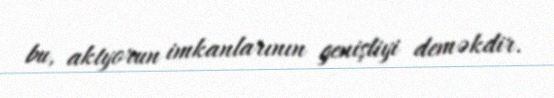
bu, aktyorun imkanlarının genişliyi deməkdir.